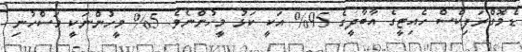
ޑެމޮގްރަފިކްސް ހެއިޓީގެ އާބާދީގެ 95% އަކީ ކަޅު މީހުންނެވެ. 5% މީހުންނަކީ މަސްހުނި